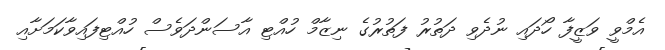
އެމްވީ ވަޒީފާ ހޯދައި ނުދެވި ދަތުރު ފަތުރުގެ ނިޒާމް ހުއްޓި އާސަންދަވެސް ހުއްޓިފައިވާކަމަށާއި